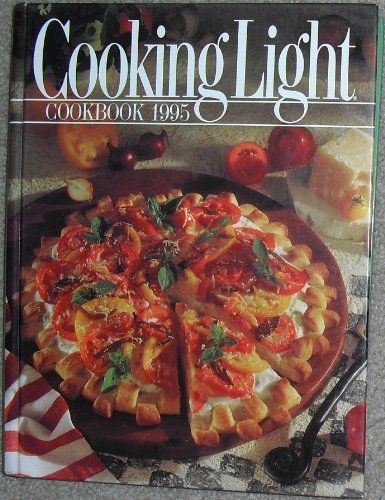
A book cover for Cooking Light Cookbook, 1995 (Cooking Light Annual Recipes); Leisure Arts; Cookbooks, Food & Wine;